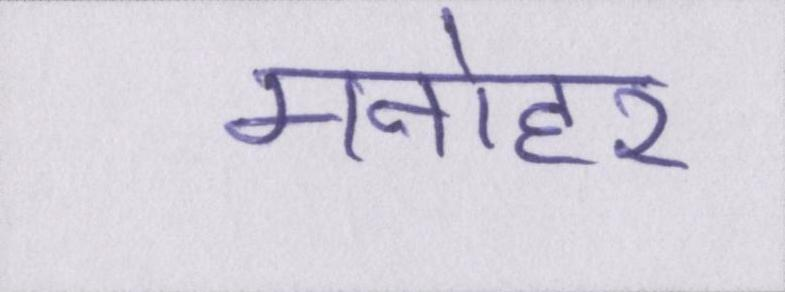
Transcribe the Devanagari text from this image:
मनोहर